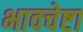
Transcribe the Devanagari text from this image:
भावचेष्टा